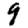
Digit: 9